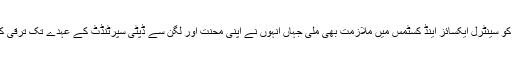
ان کو سینٹرل ایکسائز اینڈ کسٹمس میں ملازمت بھی ملی جہاں انہوں نے اپنی محنت اور لگن سے ڈپٹی سپرٹنڈٹ کے عہدے تک ترقی کی۔